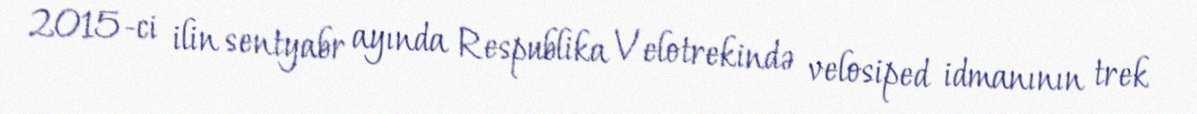
2015-ci ilin sentyabr ayında Respublika Velotrekində velosiped idmanının trek